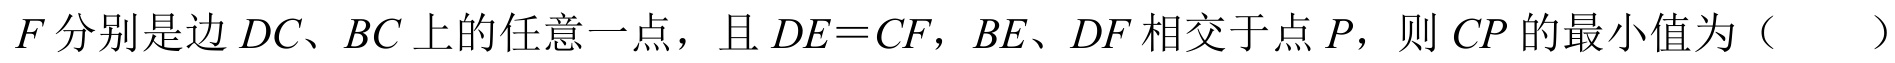
\(F\)分别是边\(DC\)、\(BC\)上的任意一点，且\(DE = CF\)，\(BE\)、\(DF\)相交于点\(P\)，则\(CP\)的最小值为（  ）